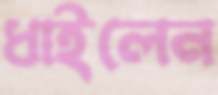
ধাইলেন